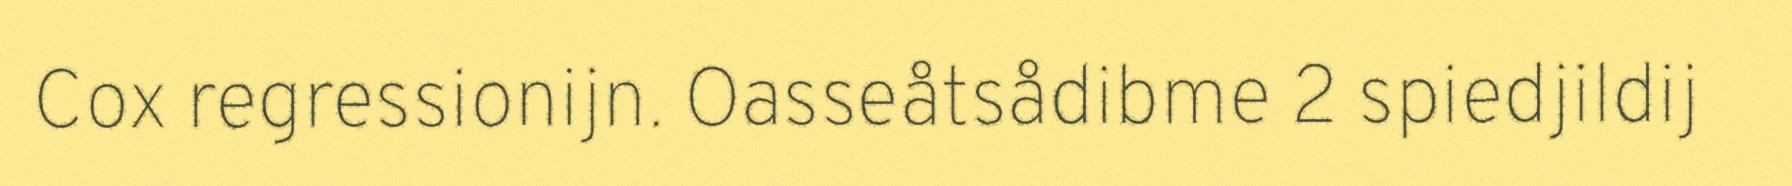
Cox regressionijn. Oasseåtsådibme 2 spiedjildij